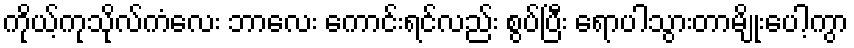
ကိုယ့်ကုသိုလ်ကံလေး ဘာလေး ကောင်းရင်လည်း စွပ်ပြီး ရောပါသွားတာမျိုးပေါ့ကွာ